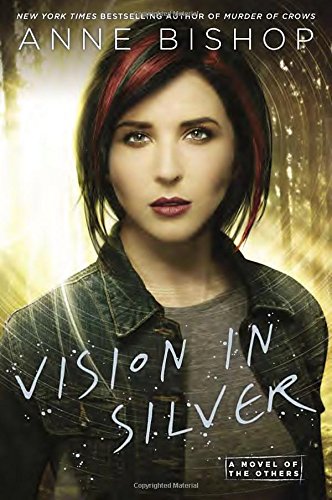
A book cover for Vision in Silver: A Novel of the Others; Anne Bishop; Science Fiction & Fantasy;